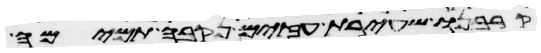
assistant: קרבנו שעירת עזים נקבה תמימה